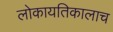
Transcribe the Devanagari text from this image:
लोकायतिकालाच